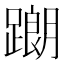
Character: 𨅉